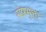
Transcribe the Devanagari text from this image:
संप्रभुत्ता